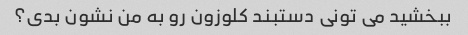
ببخشید می تونی دستبند کلوزون رو به من نشون بدی؟